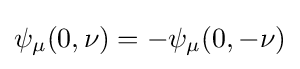
\psi _{\mu }(0,\nu )=-\psi _{\mu }(0,-\nu )